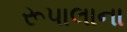
રૂપાલાના